Report of the Hyderabad Chloroform Commission
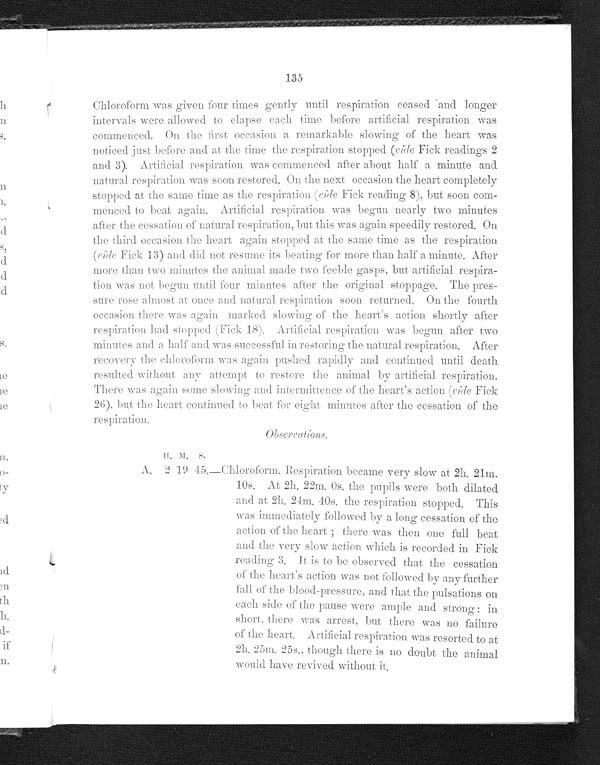
Chloroform was given four times gently until respiration ceased and longer
intervals were allowed to elapse each ti
m e b e f o r e a r t i f i c i a l r e s p i r a t i o n w a s c o m m e n c e d . O n t h e f i r s t o c c a s i o n a r e m a r k a b l e s l o w i n g o f t h e h e a r t w a s
noticed just before and at the time the respiration stopped (vide Fick readings 2
and 3). Artificial respiration was commenced after about half a minute and
natural respiration was soon restored. On the next occasion the heart completely
stopped at the same time as the respiration (vide Fick reading 8), but soon com
-menced to beat again. Artificial respiration was begun nearly two minutes
after the cessation of natural respiration, but this was again speedily restored. On
the third occasion the heart again stopped at the same time as the respiration
(vide Fick 13) and did not resume its beating for more than half a minute. After
more than two minutes the animal made two feeble gasps, but artificial respira
-tion was not begun until four minutes after the original stoppage. The pres
-sure rose almost at once and natural respiration soon returned. On the fourth
occasion there was again marked slowing of the heart's action shortly after
respiration had stopped. (Fick 18). Artificial respiration was begun after two
minutes
and a half and was successful in restoring the natural respiration. After
recovery the chloroform was again pushed rapidly and continued until death
resulted without any attempt to restore the animal by artificial respiration.
There was again some slowing and intermittence of the heart's action( v i d e
F i c k
26), but the heart continued to beat for eight minutes after the cessation of the
respiration.
H. M. S.
A. 2 1 9
45.—Chloroform. Respiration. became very slow at 2h. 21m.
10s. At 2h. 22m. 0s. the pupils were both dilated
and at 2h. 24m. 40s. the respiration stopped. This
was immediately followed by a
l o n g c e s s a t i o n o f t h e
action of the heart; there was then one full beat
and the very slow action which is recorded in Fick
reading 3. It is to be observed that the cessation
of the heart's action was not followed by any further
fall of the blood-pressure, and that the pulsations on
each side of the pause were ample and strong: in
short, there was arrest, but there was no failure
of the heart. Artificial respiration was resorted to at
2h. 25m . 25s. though there is no doubt the animal
would have revived without it.